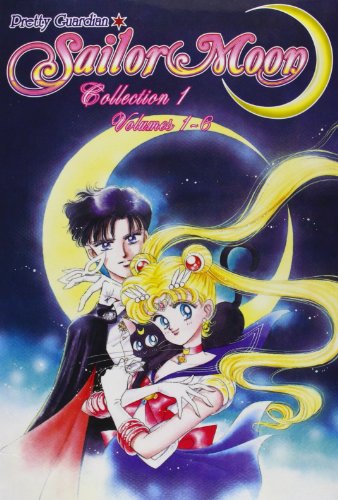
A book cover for Sailor Moon Box Set (Vol. 1-6); Naoko Takeuchi; Comics & Graphic Novels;